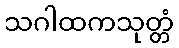
သဂါထကသုတ္တံ